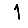
Digit: 1